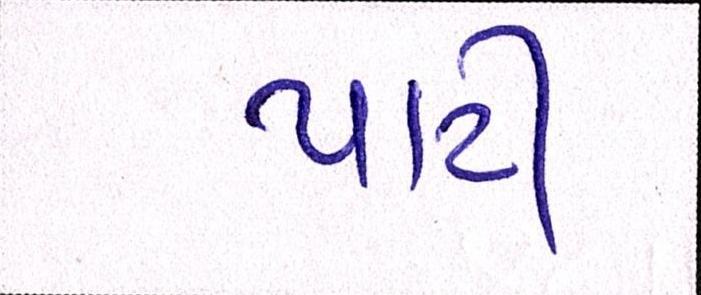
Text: પાટી